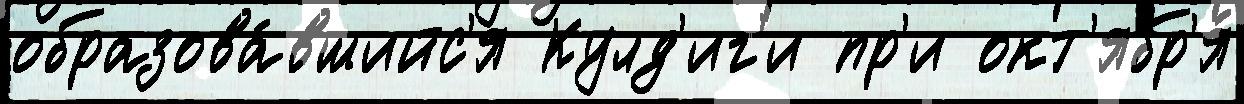
образова́вшийс'я Кулд'иг'и пр'и окт'ябр'я́